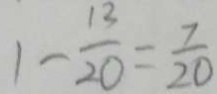
1 - \frac { 1 3 } { 2 0 } = \frac { 7 } { 2 0 }